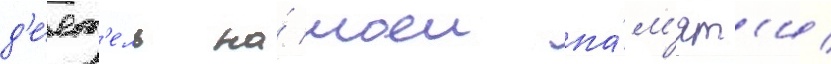
д'е́ят'ель на́ моеи па́м'ят'и